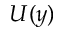
U ( y )